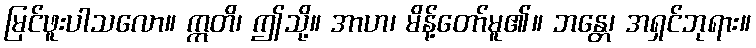
မြင်ဖူးပါသလော။ ဣတိ၊ ဤသို့။ အာဟ၊ မိန့်တော်မူ၏။ ဘန္တေ၊ အရှင်ဘုရား။